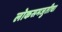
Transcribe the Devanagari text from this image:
लोकसमजुतीचा